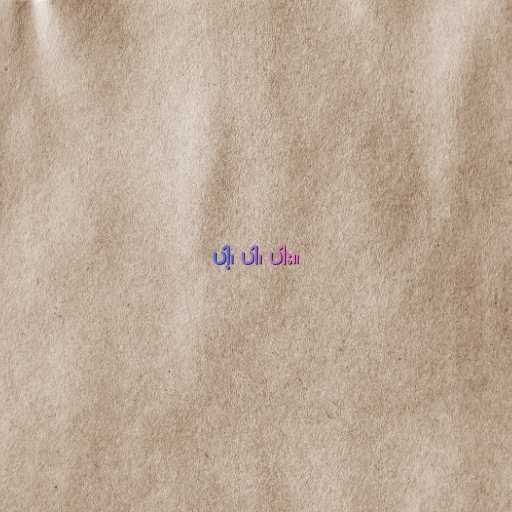
ပါ့၊ ပါ၊ ပါး။